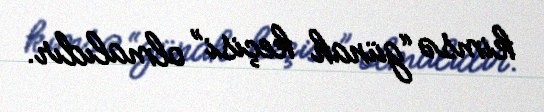
kimsə “günah keçisi” olmalıdır.